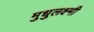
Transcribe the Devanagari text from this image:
मुधुलक्ष्मी